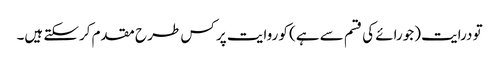
تو درایت (جورائے کی قسم سے ہے) کو روایت پر کس طر ح مقدم کرسکتے ہیں۔